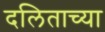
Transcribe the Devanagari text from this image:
दलिताच्या